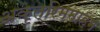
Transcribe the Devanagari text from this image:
अकृत्रिममाहम